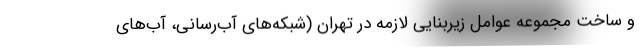
و ساخت مجموعه عوامل زیربنایی لازمه در تهران (شبکه‌های آب‌رسانی، آب‌های